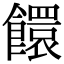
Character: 𩟁